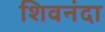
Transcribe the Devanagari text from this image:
शिवनंदा